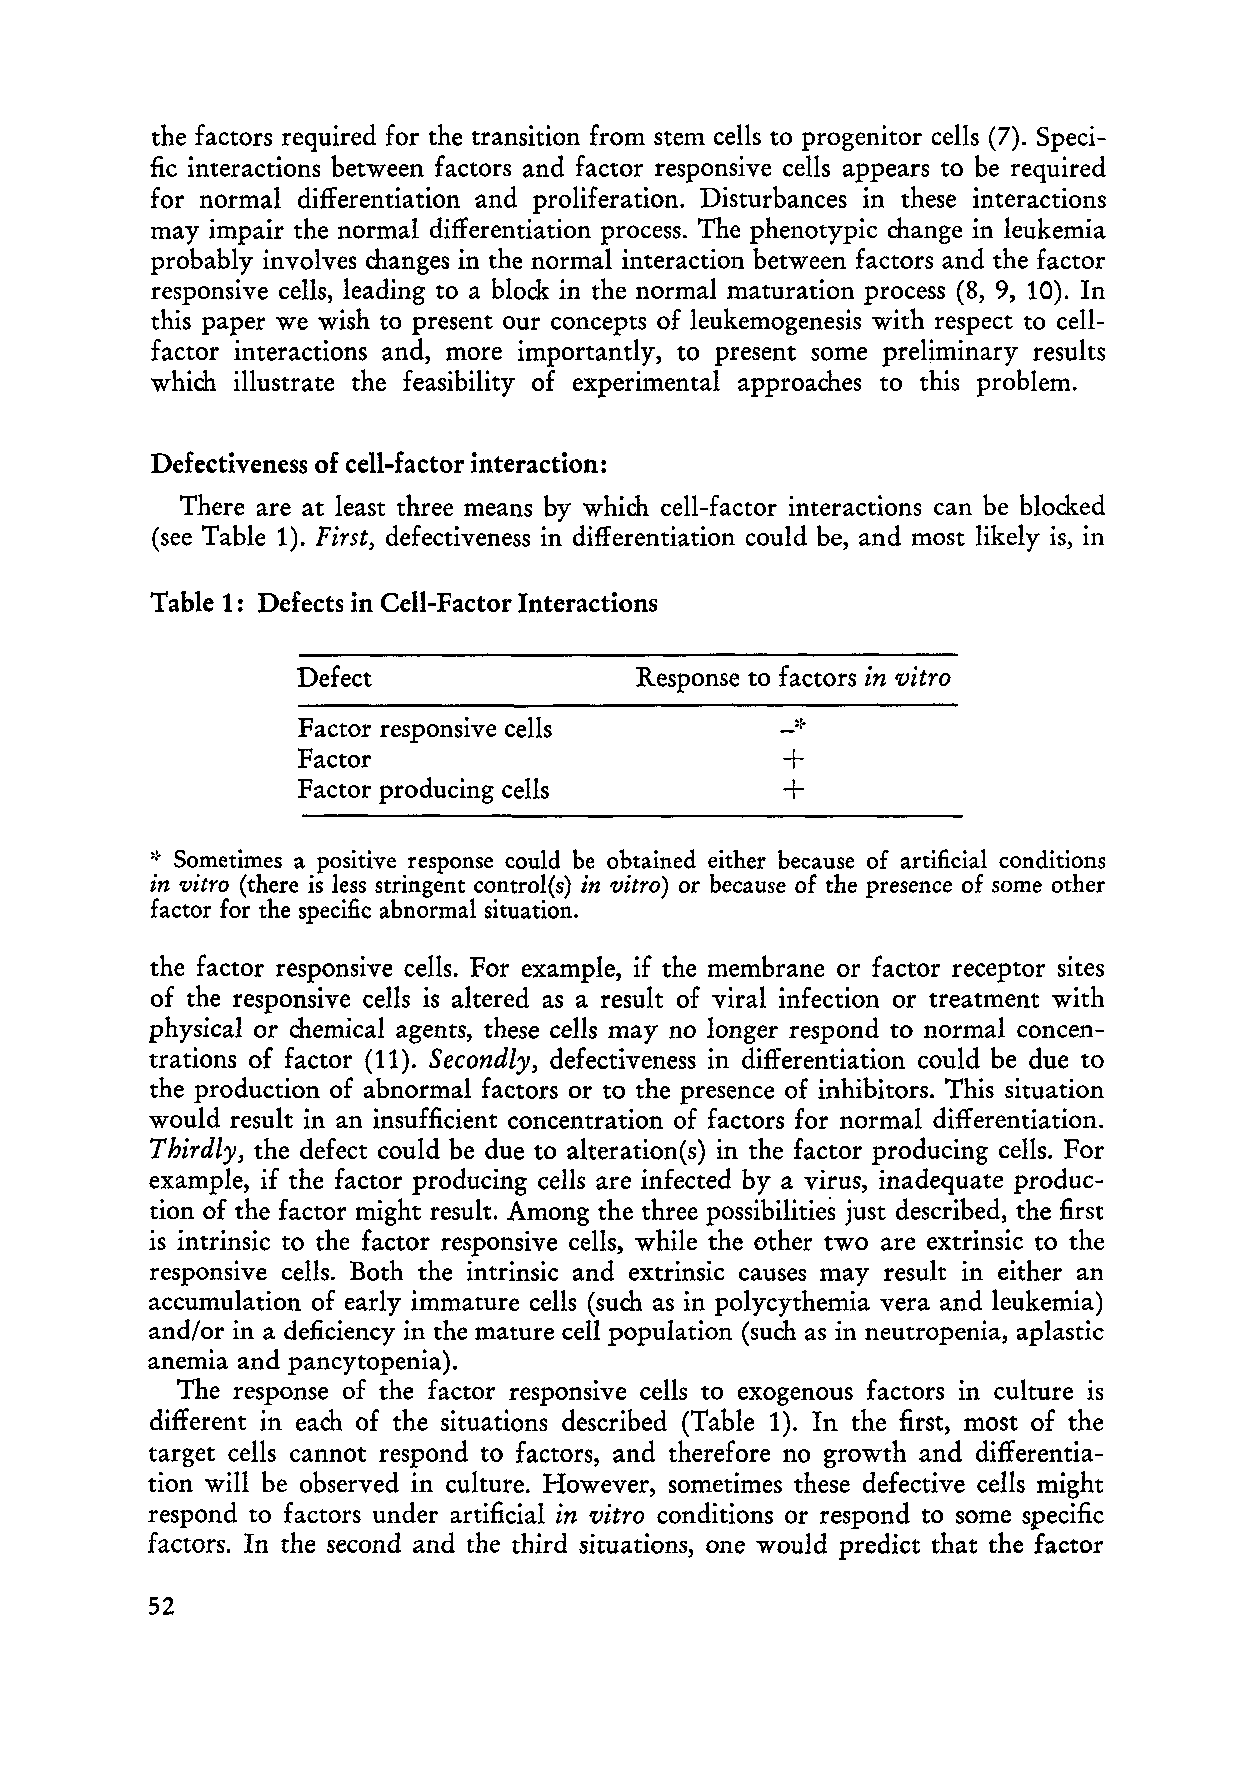
the factors required for the transition from stern cells to progenitor cells (7). Speci
 fic interactions between factors and factor responsive cells appears to be required
 for normal differentiation and proliferation. Disturbances in these interactions
 may impair the normal differentiation process. The phenotypic change in leukemia
 probably involves changes in the normal interaction between factors and the factor
 responsive cells, leading to a block in the normal maturation process (8, 9, 10). In
 this paper we wish to present our concepts of leukemogenesis with respect to cell
 factor interactions and, more importantly, to present some preliminary results
 which illustrate the feasibility of experimental approaches to this problem.
 Defectiveness of cell-factor interaction:
 There are at least three means by which cell-factor interactions can be blocked
 (see Table 1). First, defectiveness in differentiation could be, and most likely is, in
 Table 1: Defects in Cell-Factor Interactions
 Defect                Response to factors in vitra
 Factor responsive cells
 Factor                          +
 Factor producing cells          +
 ':. Sometimes a positive response could be obtained either because of artificial conditions
 in vitro (there is less stringent control(s) in vitra) or because of the presence of some other
 factor for the specific abnormal situation.
 the factor responsive cells. For example, if the membrane or factor receptor sites
 of the responsive cells is altered as a result of viral infection or treatment with
 physical or chemical agents, these cells may no longer respond to normal concen
 trations of factor (11). Secandly, defectiveness in differentiation could be due to
 the production of abnormal factors or to the presence of inhibitors. This situation
 would result in an insufficient concentration of factors for normal differentiation.
 Thirdly, the defect could be due to alteration(s) in the factor producing cells. For
 example, if the factor producing cells are infected by a virus, inadequate produc
 tion of the factor might result. Among the three possibilities just described, the first
 is intrinsic to the factor responsive cells, while the other two are extrinsic to the
 responsive cells. Both the intrinsic and extrinsic causes may result in either an
 accumulation of early immature cells (such as in polycythemia vera and leukemia)
 and/or in a deficiency in the mature cell population (such as in neutropenia, aplastic
 anemia and pancytopenia).
 The response of the factor responsive cells to exogenous factors in culture is
 different in each of the situations described (Table 1). In the first, most of the
 target ceIls cannot respond to factors, and therefore no growth and differentia
 tion will be observed in culture. However, sometimes these defective cells might
 respond to factors under artificial in vitra conditions or respond to some specific
 factors. In the second and the third situations, one would predict that the factor
 52